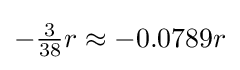
{\textstyle -{\frac {3}{38}}r\approx -0.0789r}